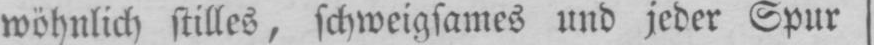
wöhnlich stilles, schweigsames und jeder Spur